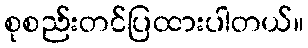
စုစည်းတင်ပြထားပါတယ်။